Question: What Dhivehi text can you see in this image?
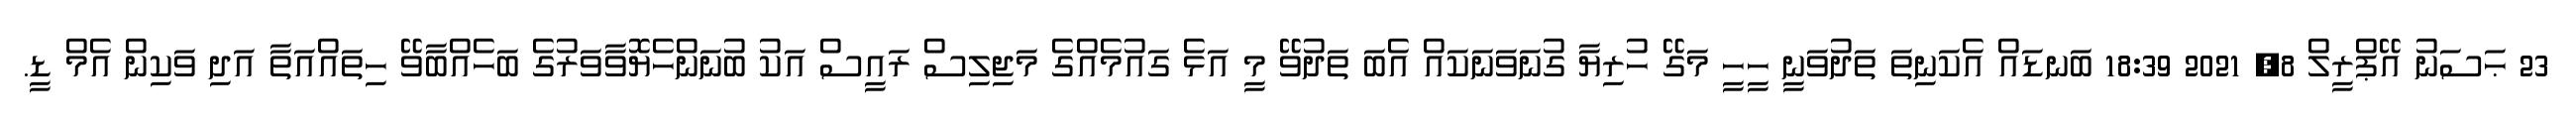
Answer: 23 ޙަސަނު އޭޕްރީލް 8, 2021 18:39 ބަނޑައް އެކަނިތަ ތަދުވަނީ ހީހީ މަގޭ ހުރިޔާ ގުނަވަނަކައް އެބަ ތަދުވޭ މީ އަޅެ ގައުމެއްގެ މަޖިލިސް ރައީސް އަކު ބުނަންހެޔޮވާވަރުގެ ބަހެއްބާވޭ ހިތައްއަތާ އަދި ވަކިން އެމް ޑީ.